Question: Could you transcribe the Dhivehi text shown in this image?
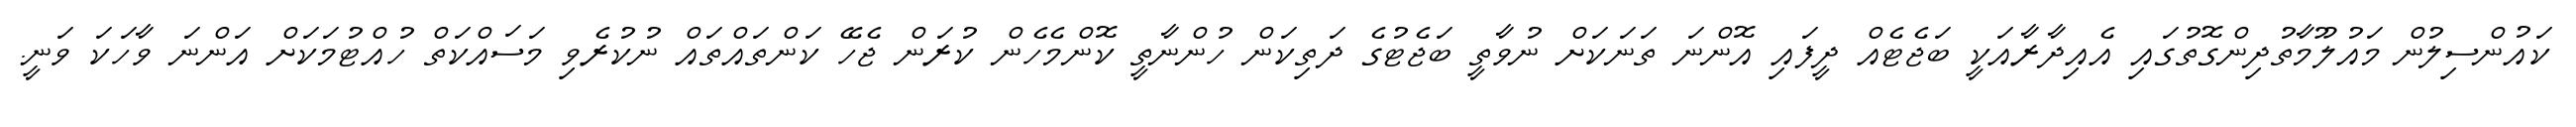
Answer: ކައުންސިލުން މައުލޫމާތުދިންގޮތުގައި އެއިދާރާއަކީ ބަޖެޓެއް ދީފައި އޮންނަ ތަނަކަށް ނުވާތީ ބަޖެޓުގެ ދަތިކަން ހުންނާތީ ކޮންމެހެން ކުރަން ޖެހޭ ކަންތައްތައް ނުކުރެވި މަސައްކަތް ހުއްޓުމަކަށް އަންނަ ވާހަކަ ވަނީ.